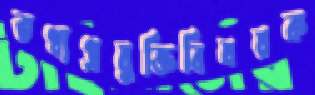
তথ্যপ্রযুক্তিবিষয়ক